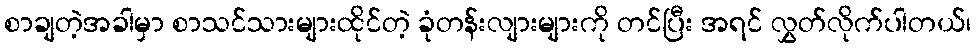
စာချတဲ့အခါမှာ စာသင်သားများထိုင်တဲ့ ခုံတန်းလျားများကို တင်ပြီး အရင် လွှတ်လိုက်ပါတယ်၊